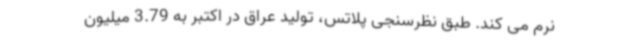
نرم می کند. طبق نظرسنجی پلاتس، تولید عراق در اکتبر به 3.79 میلیون